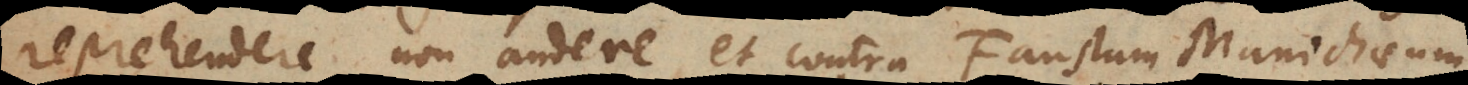
reprehendere non audere, et contra Faustum Manichaeum